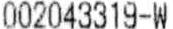
002043319-W